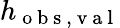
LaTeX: h_{\mathrm{~o~b~s~,~v~a~l~}}